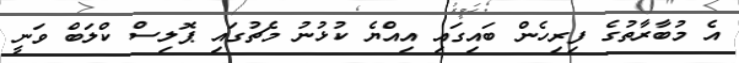
އެ މުބާރާތުގެ ފިރިހެން ބައިގައި އިއްޔެ ކުޅުނު މެޗުގައި ޕޮލިސް ކްލަބް ވަނީ